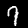
Digit: 7